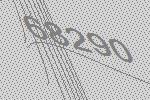
68290